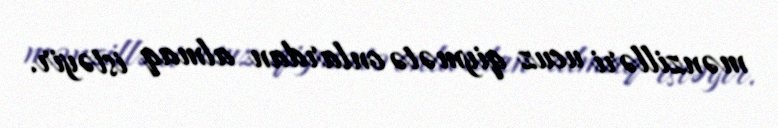
mənzilləri ucuz qiymətə onlardan almaq istəyir.